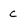
Character: c